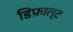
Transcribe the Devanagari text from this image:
डिफ़ाल्ट